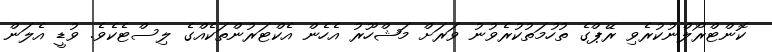
ކޮންޓްރޯލްނުކުރެވި ރޭޕްގެ ތުހުމަތުކުރެވުނު ވަރަށް މަޝްހޫރު އެހެން އެކްޓަރުންތަކެއްގެ ލިސްޓެކެވެ. ވުޑީ އެލަން